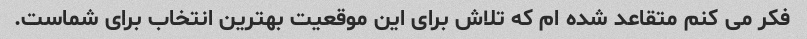
فکر می کنم متقاعد شده ام که تلاش برای این موقعیت بهترین انتخاب برای شماست.